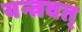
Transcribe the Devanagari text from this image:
यन्त्रवत्